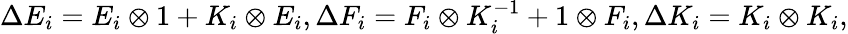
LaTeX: \Delta E_{i}=E_{i}\otimes 1+K_{i}\otimes E_{i},\Delta F_{i}=F_{i}\otimes K_{i}^{-1}+1\otimes F_{i},\Delta K_{i}=K_{i}\otimes K_{i},